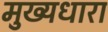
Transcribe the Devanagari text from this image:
मुख्‍यधारा